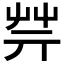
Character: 𦬟